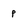
Character: p